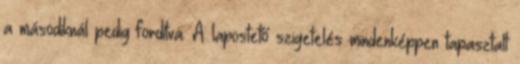
a másodiknál pedig fordítva. A lapostető szigetelés mindenképpen tapasztalt